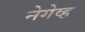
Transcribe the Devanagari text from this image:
नेगेव्ह